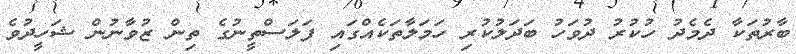
ބާރުތަކާ ދެމެދު ހުކުރު ދުވަހު ބަދަލުކުރި ހަމަލާތަކެއްގައި ފަލަސްތީނުގެ ތިން ޒުވާނުން ޝަހީދުވެ